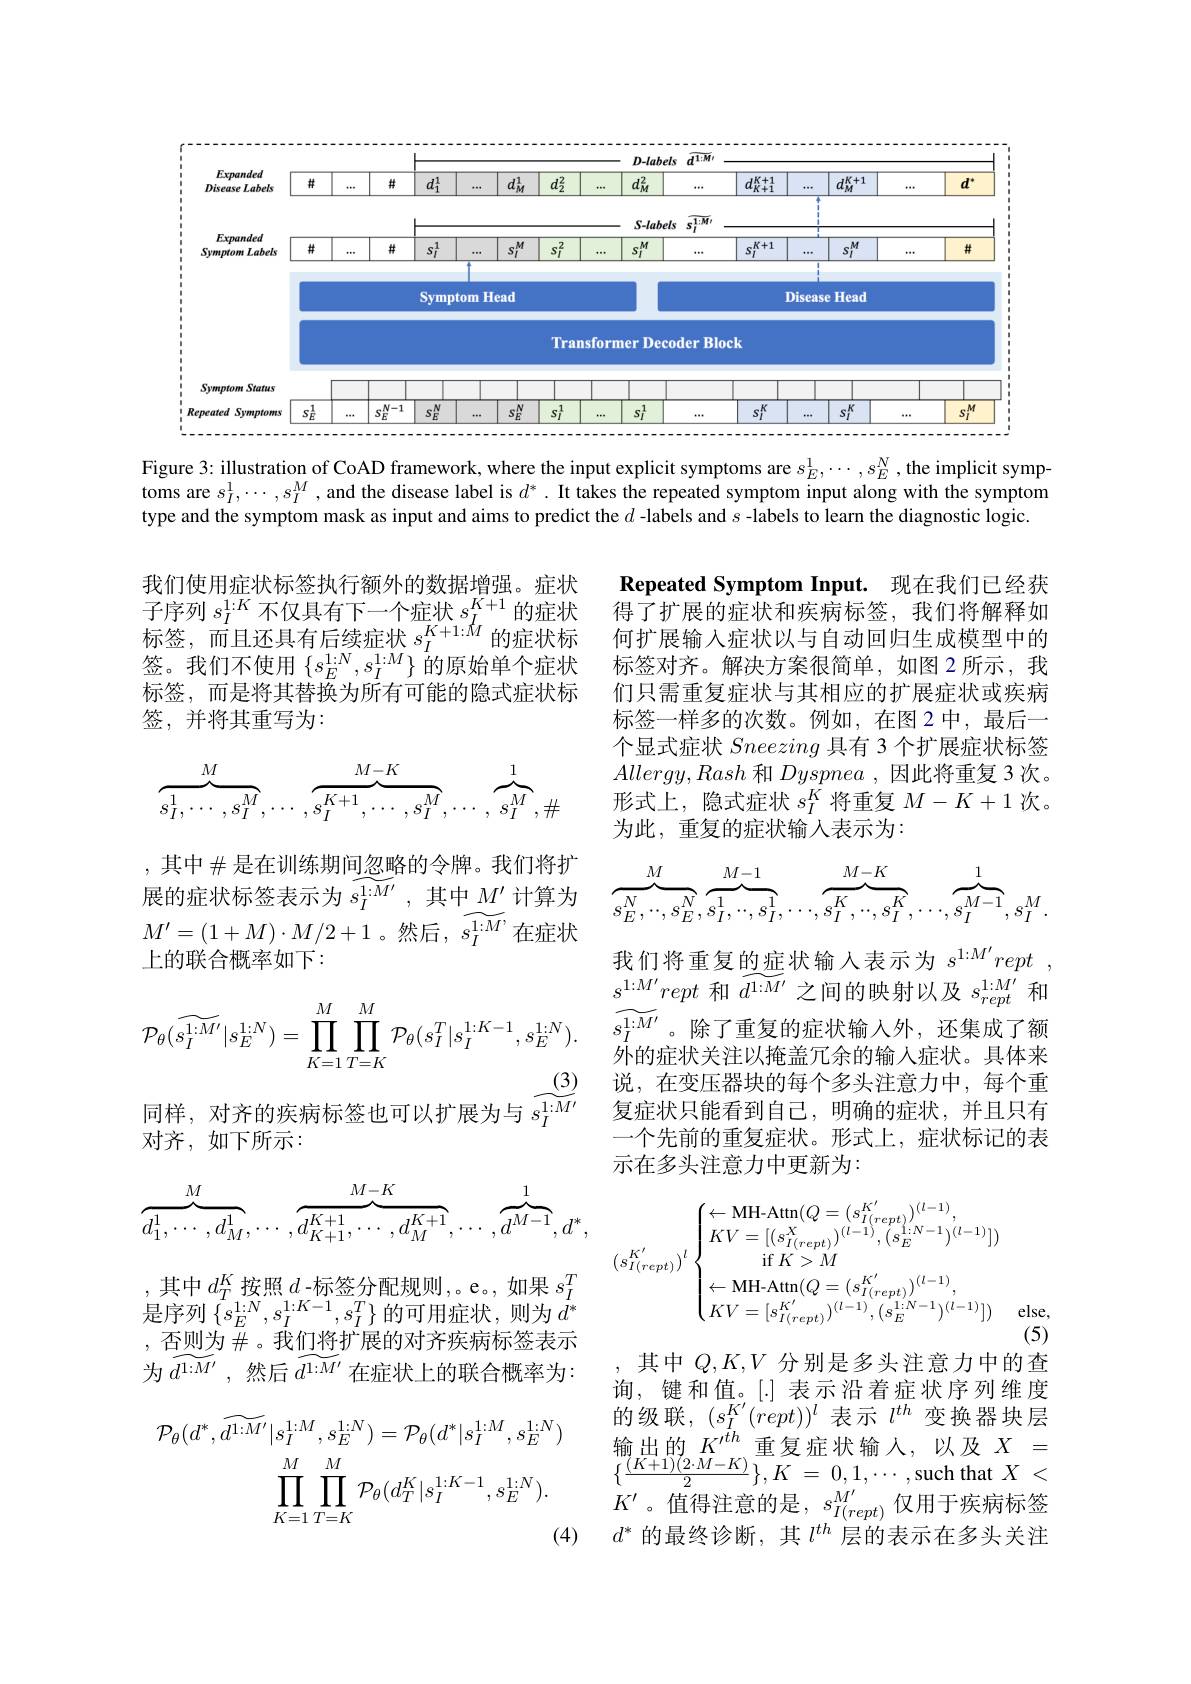
<FigureHere>

Figure 3: illustration of CoAD framework, where the input explicit symptoms are $s_E^1,\cdots,s_E^N$, the implicit symptoms are $s_I^1,\cdots,s_I^M$ ,and the disease label is $d^*.$ It takes the repeated symptom input along with the symptom type and the symptom mask as input and aims to predict the $d$ -labels and $s$ -labels to learn the diagnostic logic.

我们使用症状标签执行额外的数据增强。症状我 们 仅 们 应 认 为 “ 亚 门 ” 以 广 旧 灯 双 门 口 口 口 口 口 。血 以 子 序 列 $s_{I}^{1: K}$ 不 仅 具 有 下 一 个 症 状 $s_{I}^{K+ 1}$ 的 症 状标签，而且还具有后续症状 $s_I^{K+1:M}$的症状标签。我们不使用$\left\{s_E^{1:N},s_I^{1:M}\right\}$的原始单个症状标签，而是将其替换为所有可能的隐式症状标签，并将其重写为：

Repeated Symptom Input. 现在我们已经获得了扩展的症状和疾病标签，我们将解释如何扩展输入症状以与自动回归生成模型中的标签对齐。解决方案很简单，如图 2 所示，我们只需重复症状与其相应的扩展症状或疾病标签一样多的次数。例如，在图 2中，最后一个显式症状Sneezing具有 3 个扩展症状标签$Allergy,Rash$和Dyspnea ,因此将重复 3 次。形式上，隐式症状$s_I^K$将重复$M-K+1$次。为此，重复的症状输入表示为：
$$\overbrace{s_I^1,\cdots,s_I^M}^M,\cdots,\overbrace{s_I^{K+1},\cdots,s_I^M}^{M-K},\cdots,\overbrace{s_I^M}^1,\#$$
$$\overbrace{s_E^N,\cdot\cdot,s_E^N}^M,\overbrace{s_I^1,\cdot\cdot,s_I^1}^{M-1},\cdot\cdot\cdot,\overbrace{s_I^K,\cdot\cdot,s_I^K}^{M-K},\cdot\cdot\cdot,\overbrace{s_I^{M-1}}^1,s_I^M.$$
展的症状标签表示为$\widetilde{s_I^{1:M^{\prime}}}$,其中$M^{\prime}$计算为$M^{\prime}=(1+M)\cdot M/2+1$。然后，$\widetilde s_I^{1:M’}$在症状

, 其中$\#$是在训练期间忽略的令牌。我们将扩
上的联合概率如下：
$$\mathcal{P}_{\theta}(\widetilde{s_{I}^{1:M'}}|s_{E}^{1:N})=\prod_{K=1}^{M}\prod_{T=K}^{M}\mathcal{P}_{\theta}(s_{I}^{T}|s_{I}^{1:K-1},s_{E}^{1:N}).$$
同样，对齐的疾病标签也可以扩展为与$\begin{array}{cc}(3)&\text{说，在变压器块的每个多头注意力中，每个重}\\s_{I}^{1:M^{\prime}}&\text{复症状只能看到自己，明确的症状，并且只有}\\\text{对文 如下所三：}\end{array}$
对齐，如下所示：

我们将重复的症状输入表示为$s^{1: M^{\prime }}rept$ , $s^{1:M^{\prime}}rept$和$\widetilde d^{1:M^{\prime}}$之间的映射以及$s_rept^{1:M^{\prime}}$和$\widetilde{s_I^{1:M^{\prime}}}$。除了重复的症状输入外，还集成了额$\dot{\text{外的症状关注以掩盖冗余的输入症状。具体来}}$ 一个先前的重复症状。形式上，症状标记的表示在多头注意力中更新为：
$$\overbrace{d_1^1,\cdots,d_M^1}^M,\cdots,\overbrace{d_{K+1}^{K+1},\cdots,d_M^{K+1}}^{M-K},\cdots,\overbrace{d^{M-1}}^1,d^*,$$
$$(s_{I(rept)}^{K'})^{l}\begin{cases}\leftarrow\text{MH-Attn}(Q=(s_{I(rept)}^{K'})^{(l-1)},\\KV=[(s_{I(rept)}^{X})^{(l-1)},(s_{E}^{1:N-1})^{(l-1)}])\\\text{if}K>M\\\leftarrow\text{MH-Attn}(Q=(s_{I(rept)}^{K'})^{(l-1)},\\KV=[s_{I(rept)}^{K'})^{(l-1)},(s_{E}^{1:N-1})^{(l-1)}])&\text{els}\end{cases}$$
(5)

,其中$d_T^K$按照$d$-标签分配规则，e。,如果$s_I^T$ 是序列$\left\{s_E^{1:N},s_I^{1:K-1},s_I^{T}\right\}$的可用症状，则为$d^{\prime}$ , 否则为$\#$。我们将扩展的对齐疾病标签表示为$\widetilde{d^{1:M^{\prime}}}$,然后$\widetilde{d^{1:M^{\prime}}}$在症状上的联合概率为：
$$\begin{aligned}\mathcal{P}_{\theta}(d^{*},\widetilde{d^{1:M^{\prime}}}|s_{I}^{1:M},s_{E}^{1:N})&=\mathcal{P}_{\theta}(d^{*}|s_{I}^{1:M},s_{E}^{1:N})\\\prod_{K=1}^{M}\prod_{T=K}^{M}\mathcal{P}_{\theta}(d_{T}^{K}|s_{I}^{1:K-1},s_{E}^{1:N}).\end{aligned}$$
其中$Q,K,V$分别是多头注意力中的查询，键和值。[.] 表示沿着症状序列维度的级联$,(s_I^{K^{\prime}}(rept))^l$表示$l^{th}$变换器块层输出的$K^{\prime th}$重复症状输入，以及$X=$ $\{ \frac {( \vec{K} + 1) ( 2\cdot M- K) }2\} , K$ = $0, 1, \cdots $,such that$X$ < $K^{\prime}$。值得注意的是$,s_I(rept)^{M^{\prime}}$仅用于疾病标签$d^*$的最终诊断，其$l^th$层的表示在多头关注